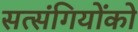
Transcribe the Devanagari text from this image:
सत्‍संगियोंको